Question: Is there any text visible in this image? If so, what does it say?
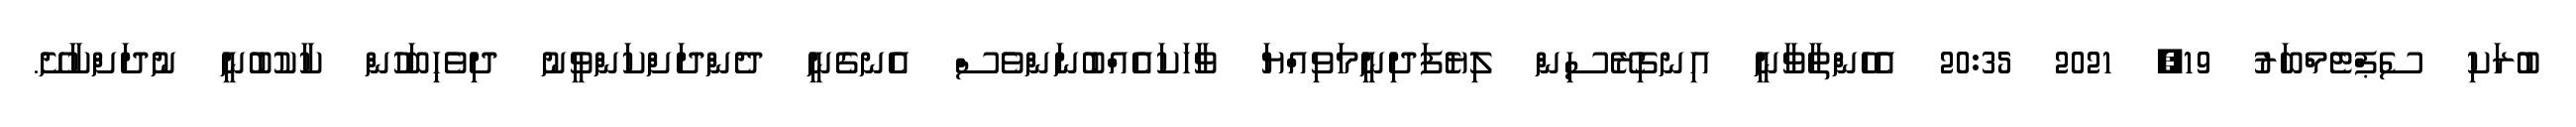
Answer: ބުރަކި ސެޕްޓެމްބަރު 19, 2021 20:35 އެހެންތާވާނީ އިނގިރޭސިން ލިޔެފަދިނީމަވިއްޔަ ވާހަކައެއްބުނަންވެސް އެނގެނީ ދެންދަށްކަންވީނު ދިވެހިބަހުން ކާކުބުނީ ނުދަށްކާށޭ.